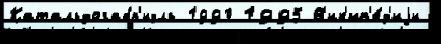
Катальдогабр'иэль 1990 1995 В'ик'ип'е́д'иjи